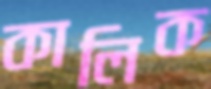
কালিক